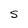
Character: S